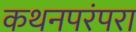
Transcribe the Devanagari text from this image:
कथनपरंपरा